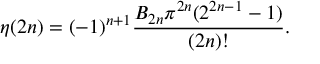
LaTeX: \eta ( 2 n ) = ( - 1 ) ^ { n + 1 } { \frac { B _ { 2 n } \pi ^ { 2 n } ( 2 ^ { 2 n - 1 } - 1 ) } { ( 2 n ) ! } } .